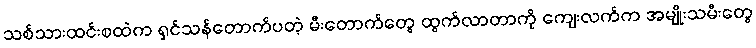
သစ်သားထင်းစထဲက ရှင်သန်တောက်ပတဲ့ မီးတောက်တွေ ထွက်လာတာကို ကျေးလက်က အမျိုးသမီးတွေ